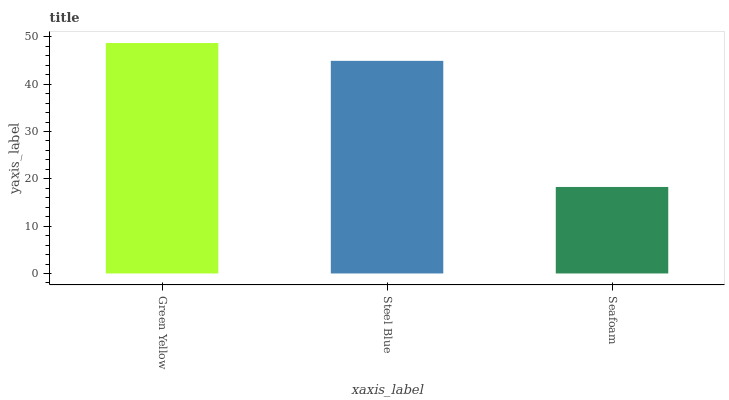
| xaxis_label | bars |
 | --- | --- |
 | Green Yellow | 48.7 |
 | Steel Blue | 44.9 |
 | Seafoam | 18.3 |